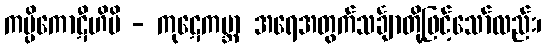
ကပ္ပိကောဋီဟိပိ - ကုဋေကမ္ဘာ အရေအတွက်သင်္ချာတို့ဖြင့်သော်လည်း၊